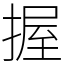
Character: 握